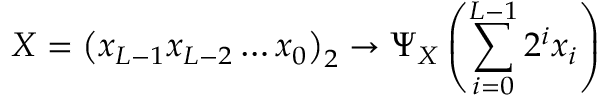
X = \left( x _ { L - 1 } x _ { L - 2 } \ldots x _ { 0 } \right) _ { 2 } \rightarrow \Psi _ { X } \left( \sum _ { i = 0 } ^ { L - 1 } 2 ^ { i } x _ { i } \right)